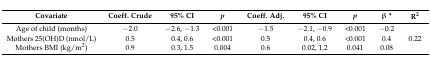
| Covariate | Coeff. Crude | 95% CI | p | Coeff. Adj. | 95% CI | p | β * | R2 |
 | --- | --- | --- | --- | --- | --- | --- | --- | --- |
 | Age of child (months) | −2.0 | −2.6, −1.3 | <0.001 | −1.5 | −2.1, −0.9 | <0.001 | −0.2 | <ROWSPAN=3> 0.22 |
 | Mothers 25(OH)D (nmol/L) | 0.5 | 0.4, 0.6 | <0.001 | 0.5 | 0.4, 0.6 | <0.001 | 0.4 |
 | Mothers BMI (kg/m2) | 0.9 | 0.3, 1.5 | 0.004 | 0.6 | 0.02, 1.2 | 0.041 | 0.08 |